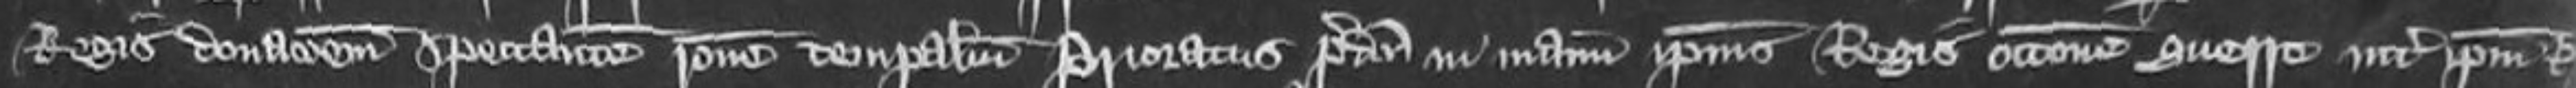
Regis donacionem spectantem ratione temporalium Prioratus predicti in manum ipsius Regis occasione guerre inter ipsum Regem